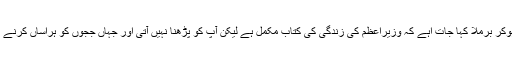
یہ وہ ملک ہے جہاں ججوں پر دبائو ڈالنے سے دریغ نہیں کیا جاتا' جہاں جلسہ عام میں کھڑے ہوکر برملا کہا جات اہے کہ وزیراعظم کی زندگی کی کتاب مکمل ہے لیکن آپ کو پڑھنا نہیں آتی اور جہاں ججوں کو ہراساں کرنے کے لئے عدالت پر حملہ بھی کر دیا جاتا ہے وہاں کیا جے آئی ٹی ہوگی اور کیا اس کی حیثیت؟